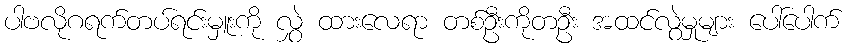
ပါဗလိုဂရက်တပ်ရင်းမှူးကို လွှဲ ထားလေရာ တစ်ဦးကိုတဦး အထင်လွဲမှုများ ပေါ်ပေါက်